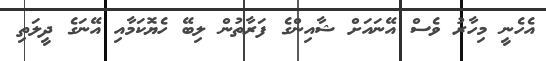
އެހެނީ މިހާރު ވެސް އޭނައަށް ޝާއިންގެ ފަރާތުން ލިބޭ ހެޔޮކަމާއި އޭނަގެ ދީލަތި